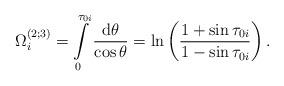
LaTeX: \begin{align*}\Omega_i^{(2;3)} =\int\limits_0^{\tau_{0i}} \frac{\mbox{d}\theta}{\cos\theta}= \ln\left(\frac{1+\sin\tau_{0i}}{1-\sin\tau_{0i}} \right) .\end{align*}